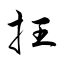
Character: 抂